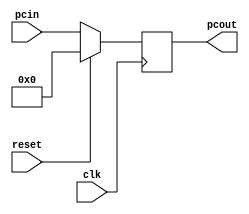
module Lab7_PC_s(clk, reset, pcin,pcout);
	input clk;
	input reset;
	
	
	input [7:0] pcin;
	output reg [7:0] pcout;
	
	
	
	always @(posedge clk)
	begin
		if(reset)
			pcout = 8'd0;
		else
			pcout = pcin;
	end
			
endmodule